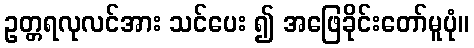
ဥတ္တရလုလင်အား သင်ပေး ၍ အဖြေခိုင်းတော်မူပုံ။